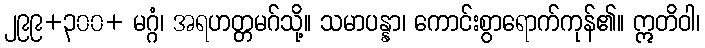
၂၉၉+၃၀၀+ မဂ္ဂံ၊ အရဟတ္တမဂ်သို့။ သမာပန္နာ၊ ကောင်းစွာရောက်ကုန်၏။ ဣတိဝါ၊